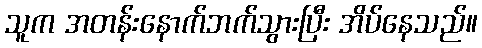
သူက အတန်းနောက်ဘက်သွားပြီး အိပ်နေသည်။